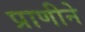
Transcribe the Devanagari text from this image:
प्राणीने